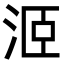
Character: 洍